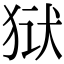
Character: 狱